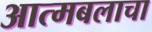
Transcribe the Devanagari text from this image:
आत्मबलाचा